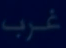
غرب